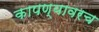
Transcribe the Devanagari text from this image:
कापण्यावरच